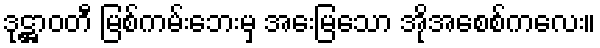
ဒုဋ္ဌာဝတီ မြစ်ကမ်းဘေးမှ အေးမြသော အိုအေစစ်ကလေး။